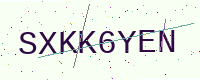
Text: SXKK6YEN